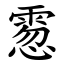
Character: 䨚